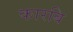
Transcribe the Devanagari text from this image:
कारबि